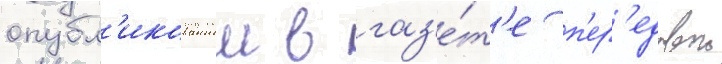
опубл'икованнои в газ'е́т'е п'ер'едовои